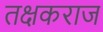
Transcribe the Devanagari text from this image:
तक्षकराज